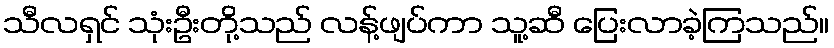
သီလရှင် သုံးဦးတို့သည် လန့်ဖျပ်ကာ သူ့ဆီ ပြေးလာခဲ့ကြသည်။